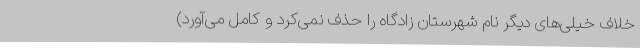
خلاف خیلی‌های دیگر نام شهرستان زادگاه را حذف نمی‌کرد و کامل می‌آورد)